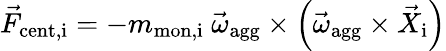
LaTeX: \vec{F}_{\mathrm{cent,i}}=-m_{\mathrm{mon,i}}\ \vec{\omega}_{\mathrm{agg}}\times\left(\vec{\omega}_{\mathrm{agg}}\times\vec{X}_{\mathrm{i}}\right)